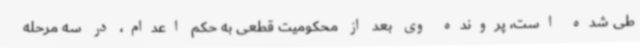
طی شده است، پرونده وی بعد از محکومیت قطعی به حکم اعدام، در سه مرحله